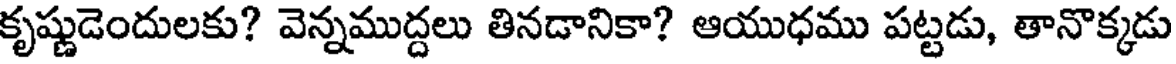
కృష్ణుడెందులకు? వెన్నముద్దలు తినడానికా? ఆయుధము పట్టడు, తానొక్కడు